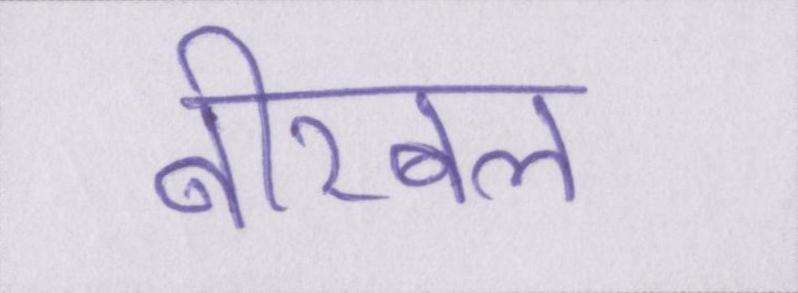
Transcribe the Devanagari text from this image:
बीरबल